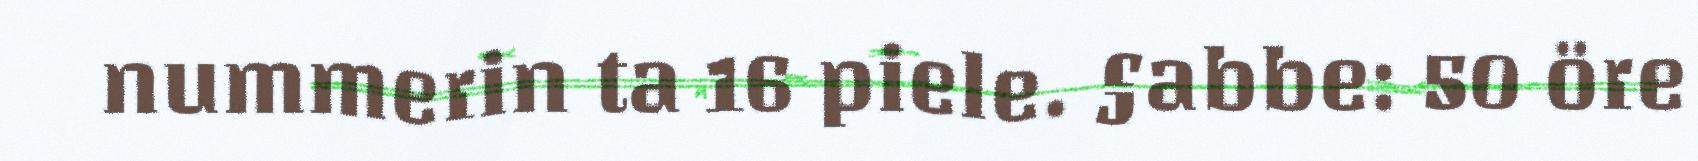
nummerin ta 16 piele. §abbe: 50 öre